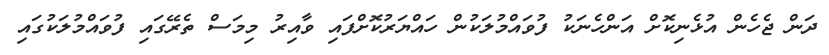
ދަން ޖެހެން އުޅެނިކޮށް އަންހެނަކު ފުވައްމުލަކުން ހައްޔަރުކޮށްފައި ވާއިރު މިމަސް ތެރޭގައި ފުވައްމުލަކުގައި